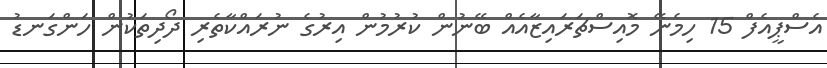
އެސްޕީއެފް 15 ހިމެނޭ މޮއިސްޗަރައިޒާއެއް ބޭނުން ކުރުމުން އިރުގެ ނުރައްކާތެރި ދޯދިތަކުން ހަންގަނޑު